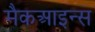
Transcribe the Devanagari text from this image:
मैकआइन्स